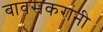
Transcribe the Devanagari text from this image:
बावसकरांनी